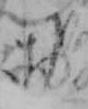
お